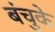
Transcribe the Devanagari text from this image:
बंचुके